Jaan_Tonisson_(Lasteleht), lk 282
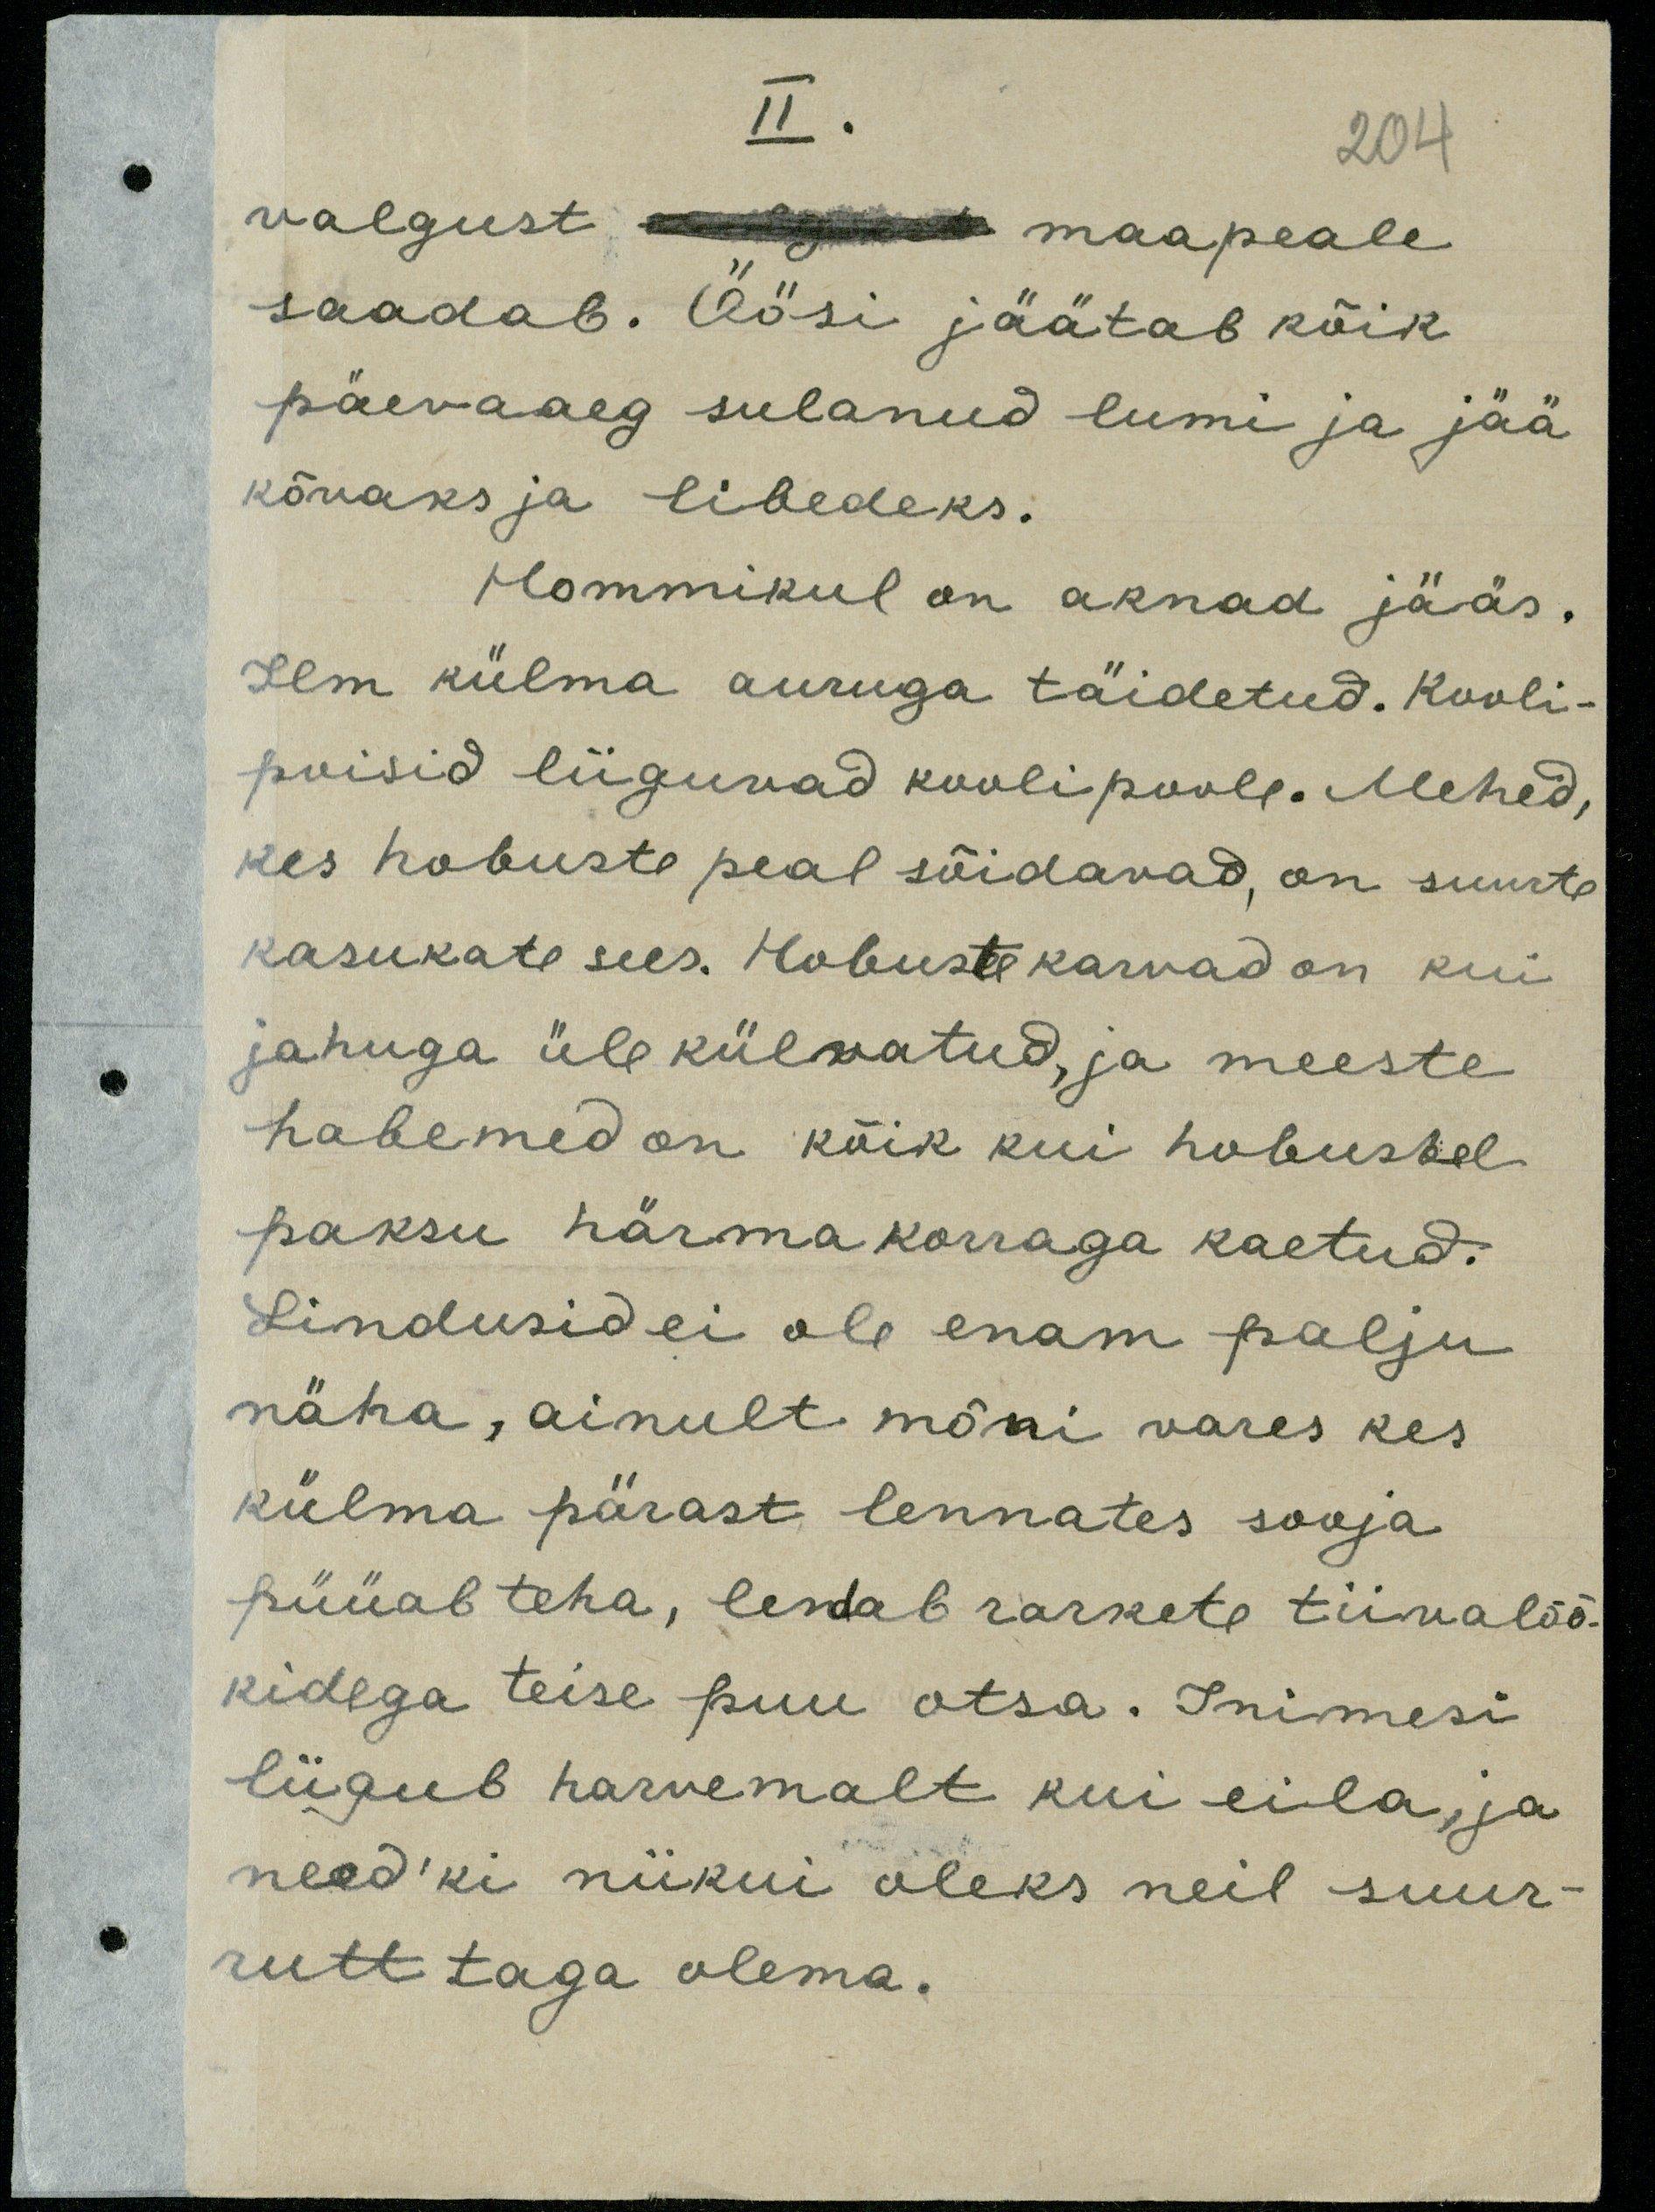
II.
204
valgust valgust maapeale
saadab. Öösi jäätab kõik
päevaaeg sulanud lumi ja jää
kõvaks ja libedeks.
Hommikul on aknad jääs.
Ilm külma auruga täidetud. Kooli-
poisid liiguvad koolipoole. Mehed,
kes hobuste peal sõidavad, on suurte
kasukate sees. Hobuste karvad on kui
jahuga üle külvatud, ja meeste
habemed on kõik kui hobustel
paksu härmakorraga kaetud.
Lindusid ei ole enam palju
näha, ainult mõni vares kes
külma pärast lennates sooja
püüab teha, lendab rarkete tiivalöö-
kidega teise puu otsa. Inimesi
liigub harvemalt kui eila, ja
need'ki niikui oleks neil suur-
rutt taga olema.